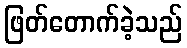
ဖြတ်တောက်ခဲ့သည်